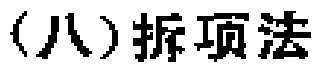
(八)拆项法